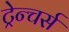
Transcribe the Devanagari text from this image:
ट्रेन्चर्स